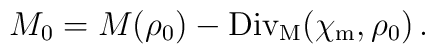
M_0=M(\rho_0)-{\rm Div_M}(\chi_{\rm m},\rho_0)\,.